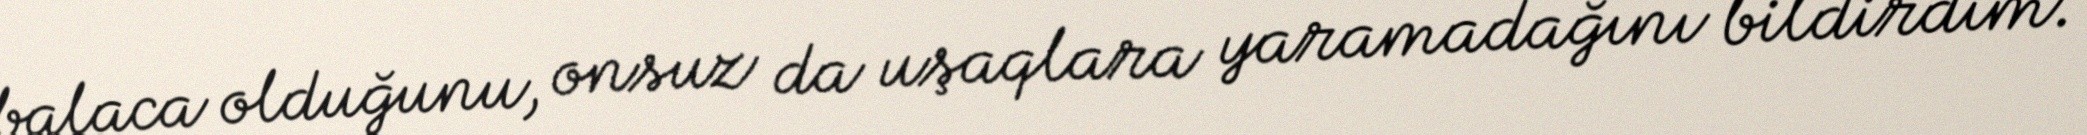
balaca olduğunu, onsuz da uşaqlara yaramadağını bildirdim.